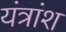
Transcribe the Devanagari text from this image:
यंत्रांश